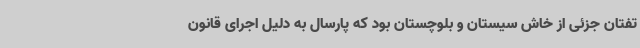
تفتان جزئی از خاش سیستان و بلوچستان بود که پارسال به دلیل اجرای قانون